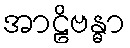
အာဠိဗန္ဓာ